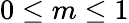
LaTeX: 0\leq m\leq 1